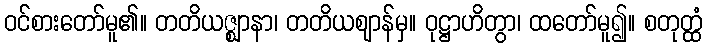
ဝင်စားတော်မူ၏။ တတိယဇ္ဈာနာ၊ တတိယဈာန်မှ။ ဝုဋ္ဌာဟိတွာ၊ ထတော်မူ၍။ စတုတ္ထံ